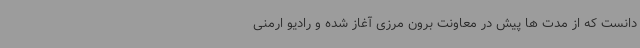
دانست که از مدت ها پیش در معاونت برون مرزی آغاز شده و رادیو ارمنی